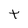
Character: t